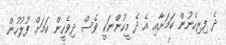
ދެ ފިރިހެނުން ކަމަށާއި އެ ދެ މީހުންނަކީ ވެސް ދިވެހީން ކަމަށް ފުލުހުން